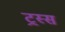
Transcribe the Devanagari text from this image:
ट्रस्स